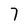
Character: 7